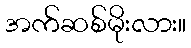
အက်ဆစ်မိုးလား။